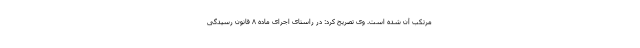
مرتکب آن شده است. وی تصریح کرد: در راستای اجرای ماده ۸ قانون رسیدگی